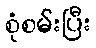
စုံစမ်းပြီး